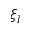
\xi _ { l }